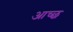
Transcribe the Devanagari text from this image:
आच्छ